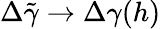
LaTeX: \Delta\tilde{\gamma}\to\Delta\gamma(h)